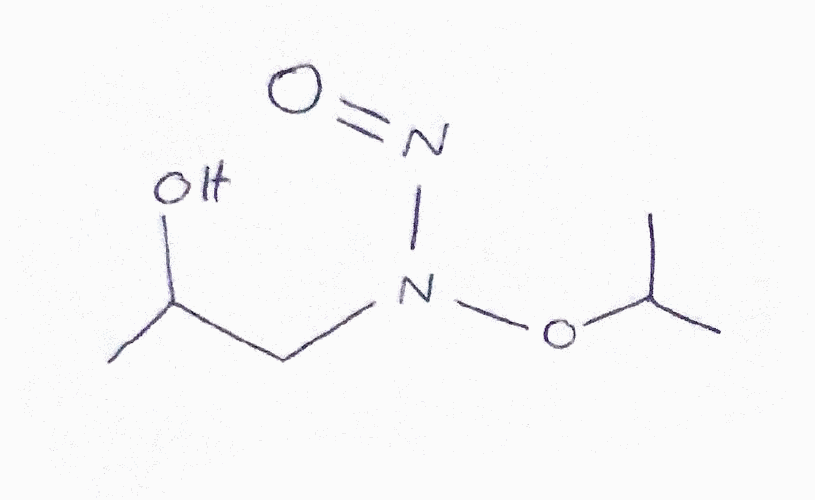
Simplified molecular-input line-entry system (SMILES) notation of the given molecule:
CC(C)ON(CC(C)O)N=O